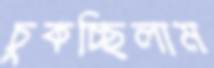
চুকচ্ছিলাম